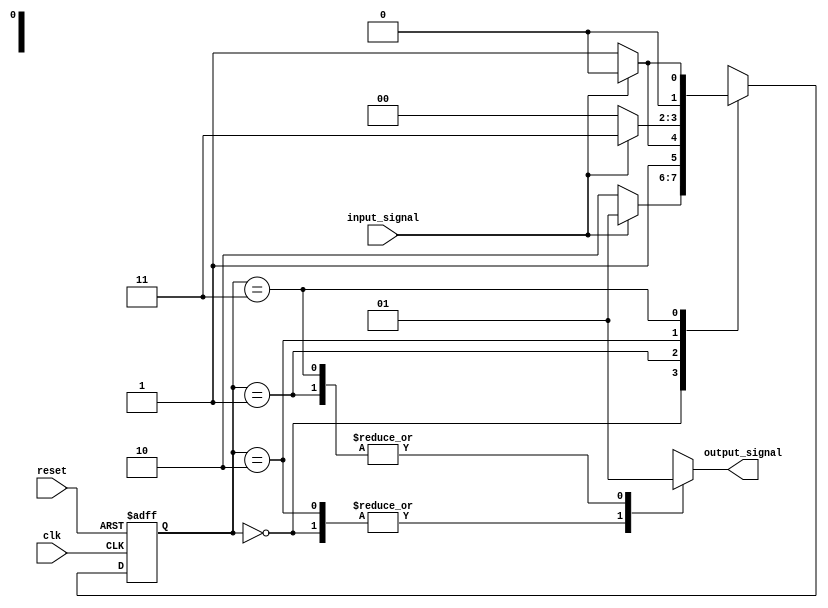
module finite_state_machine (
  input wire clk,
  input wire reset,
  input wire input_signal,
  output reg output_signal
);

// Define states
parameter STATE_A = 2'b00;
parameter STATE_B = 2'b01;
parameter STATE_C = 2'b10;
parameter STATE_D = 2'b11;

// Define current state and next state variables
reg [1:0] current_state, next_state;

always @ (posedge clk or posedge reset) begin
  if (reset) begin
    current_state <= STATE_A; // Initial state
  end else begin
    current_state <= next_state;
  end
end

// Define state transitions
always @ (*) begin
  case (current_state)
    STATE_A: begin
      if (input_signal) begin
        next_state = STATE_B;
      end else begin
        next_state = STATE_C;
      end
    end
    STATE_B: begin
      if (input_signal) begin
        next_state = STATE_C;
      end else begin
        next_state = STATE_D;
      end
    end
    STATE_C: begin
      if (input_signal) begin
        next_state = STATE_D;
      end else begin
        next_state = STATE_A;
      end
    end
    STATE_D: begin
      if (input_signal) begin
        next_state = STATE_A;
      end else begin
        next_state = STATE_B;
      end
    end
  endcase
end

// Define output signals based on state
always @ (*) begin
  case (current_state)
    STATE_A: output_signal = 1'b0;
    STATE_B: output_signal = 1'b1;
    STATE_C: output_signal = 1'b0;
    STATE_D: output_signal = 1'b1;
  endcase
end

endmodule